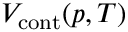
V _ { \mathrm { c o n t } } ( p , T )